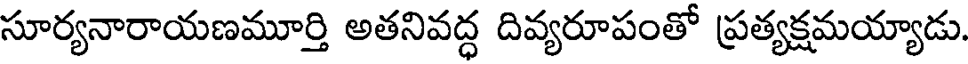
సూర్యనారాయణమూర్తి అతనివద్ధ దివ్యరూపంతో ప్రత్యక్షమయ్యాడు.